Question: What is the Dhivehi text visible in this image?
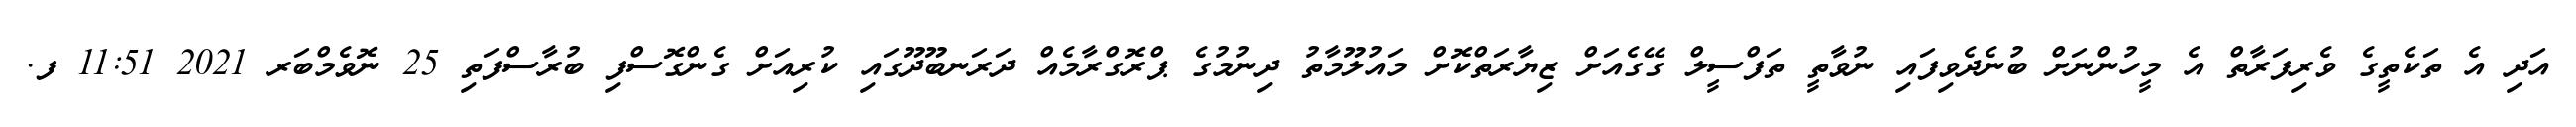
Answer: އަދި އެ ތަކެތީގެ ވެރިފަރާތް އެ މީހުންނަށް ބުނެދެވިފައި ނުވާތީ ތަފްސީލް ގޭގެއަށް ޒިޔާރަތްކޮށް މައުލޫމާތު ދިނުމުގެ ޕްރޮގްރާމެއް ދަރަނބޫދޫގައި ކުރިއަށް ގެންގޮސްފި ބުރާސްފަތި 25 ނޮވެމްބަރ 2021 11:51 ފ.